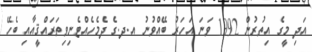
އަދި މީގެ އިތުރުން 1992 ވަނަ އަހަރު ބޭއްވުނު އ.ދ.ގެ ދެމެހެއްޓެނިވިތަރައްޤީއާއި ބެހޭ